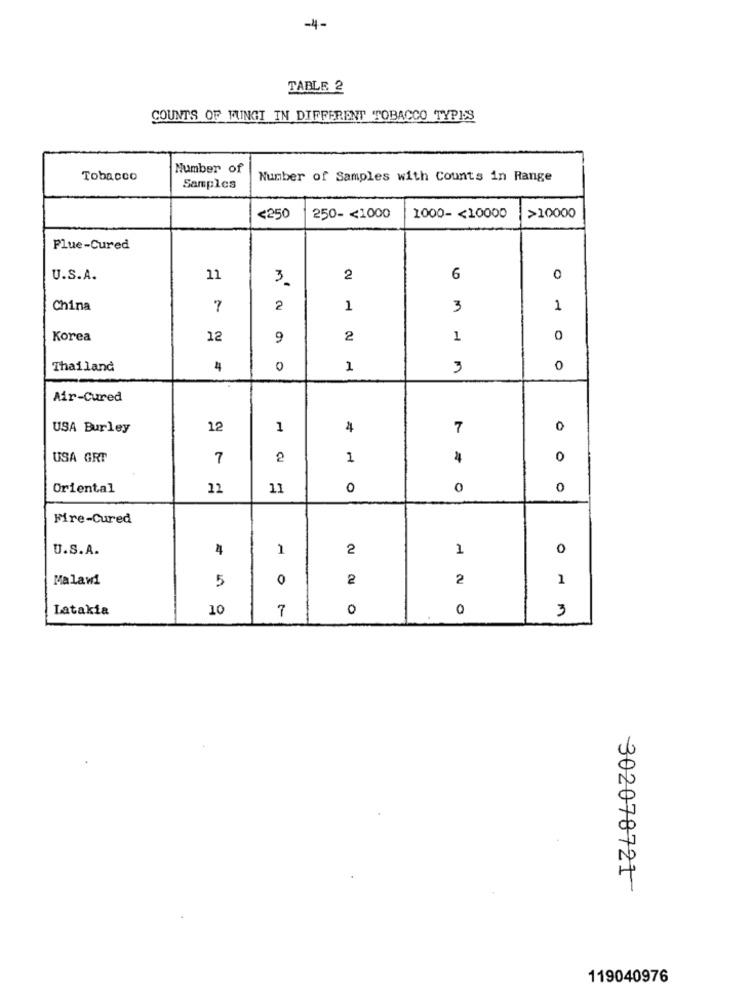
-4-
TABLE 2
COUNTS OF FUNGI IN DIFFERENT TOBACCO TYPES
Number of
Tobacco
Number of Samples with Counts in Range
Samples
>10000
<250
250 -< 1000
1000 -< 10000
Flue-Cured
U.S.A.
11
3.
2
6
0
China
7
2
1
3
1
Korea
12
9
2
1
0
Thailand
4
0
1
3
0
Air-Cured
USA Burley
12
1
4
7
0
USA GRT
7
2
1
0
Oriental
22
11
0
0
0
Fire-Cured
U.S.A.
4
1
2
1
0
Malawi
5
0
2
2
1
Latakia
10
7
0
0
3
302078721
119040976